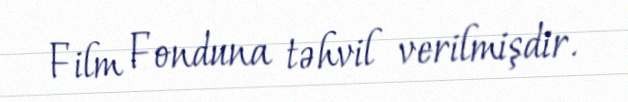
Film Fonduna təhvil verilmişdir.